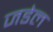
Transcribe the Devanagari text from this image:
जडेल